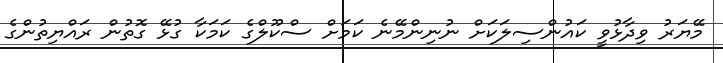
މޭޔަރު ވިދާޅުވީ ކައުންސިލަކަށް ނުނިންމޭނެ ކަމަށް ސްކޫލްގެ ކަމަކާ ގުޅޭ ގޮތުން ރައްޔިތުންގެ